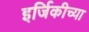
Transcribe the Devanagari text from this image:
इर्जिकीच्या